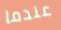
عندما